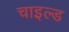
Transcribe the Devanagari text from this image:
चाइल्‍ड